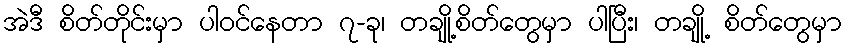
အဲဒီ စိတ်တိုင်းမှာ ပါဝင်နေတာ ၇-ခု၊ တချို့စိတ်တွေမှာ ပါပြီး၊ တချို့ စိတ်တွေမှာ